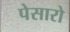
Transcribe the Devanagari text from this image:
पेसारो